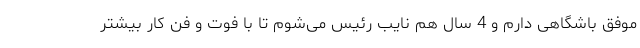
موفق باشگاهی دارم و 4 سال هم نایب رئیس می‌شوم تا با فوت و فن کار بیشتر